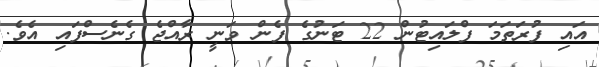
އައި ފުރަތަމަ ފްލައިޓުން 22 ޓަނުގެ ފެން ވަނީ ރާއްޖެ ގެނެސްފައި އެވެ.